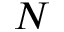
N